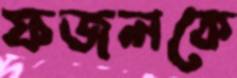
ফজলকে